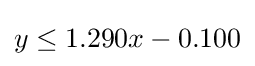
y\leq 1.290x-0.100